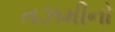
તઝમીનો